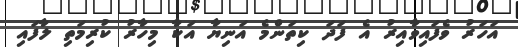
އަހަރު ވެފައިވާއިރު އެ ފަދަ ކިތަންމެ އަނިޔާ އަކާ މިހާރު ކުރިމަތި ލާފައި